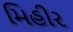
મિહીર